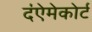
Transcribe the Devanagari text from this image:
द॑ऐमेकोर्ट